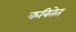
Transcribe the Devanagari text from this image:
कवितेत्